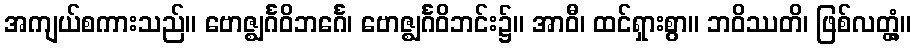
အကျယ်စကားသည်။ ဗောဇ္ဈင်္ဂဝိဘင်္ဂေ၊ ဗောဇ္ဈင်္ဂဝိဘင်း၌။ အာဝီ၊ ထင်ရှားစွာ။ ဘဝိဿတိ၊ ဖြစ်လတ္တံ့။